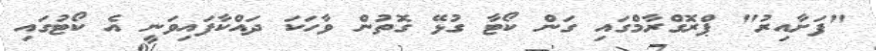
"ފަށާއިރު" ޕްރޮގްރާމްގައި ގަން ކޯޓާ ގުޅޭ ގޮތުން ވާހަކަ ދައްކާފައިވަނީ އެ ކޯޓުގައި